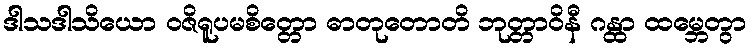
ဒါသဒါသိယော ဝဇိရူပမစိတ္တော ဓာတုတောတိ ဘုတ္တာဝိနီ ဂန္ထာ ထမ္ဘေတွာ